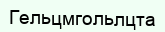
Гельцмгольлцта